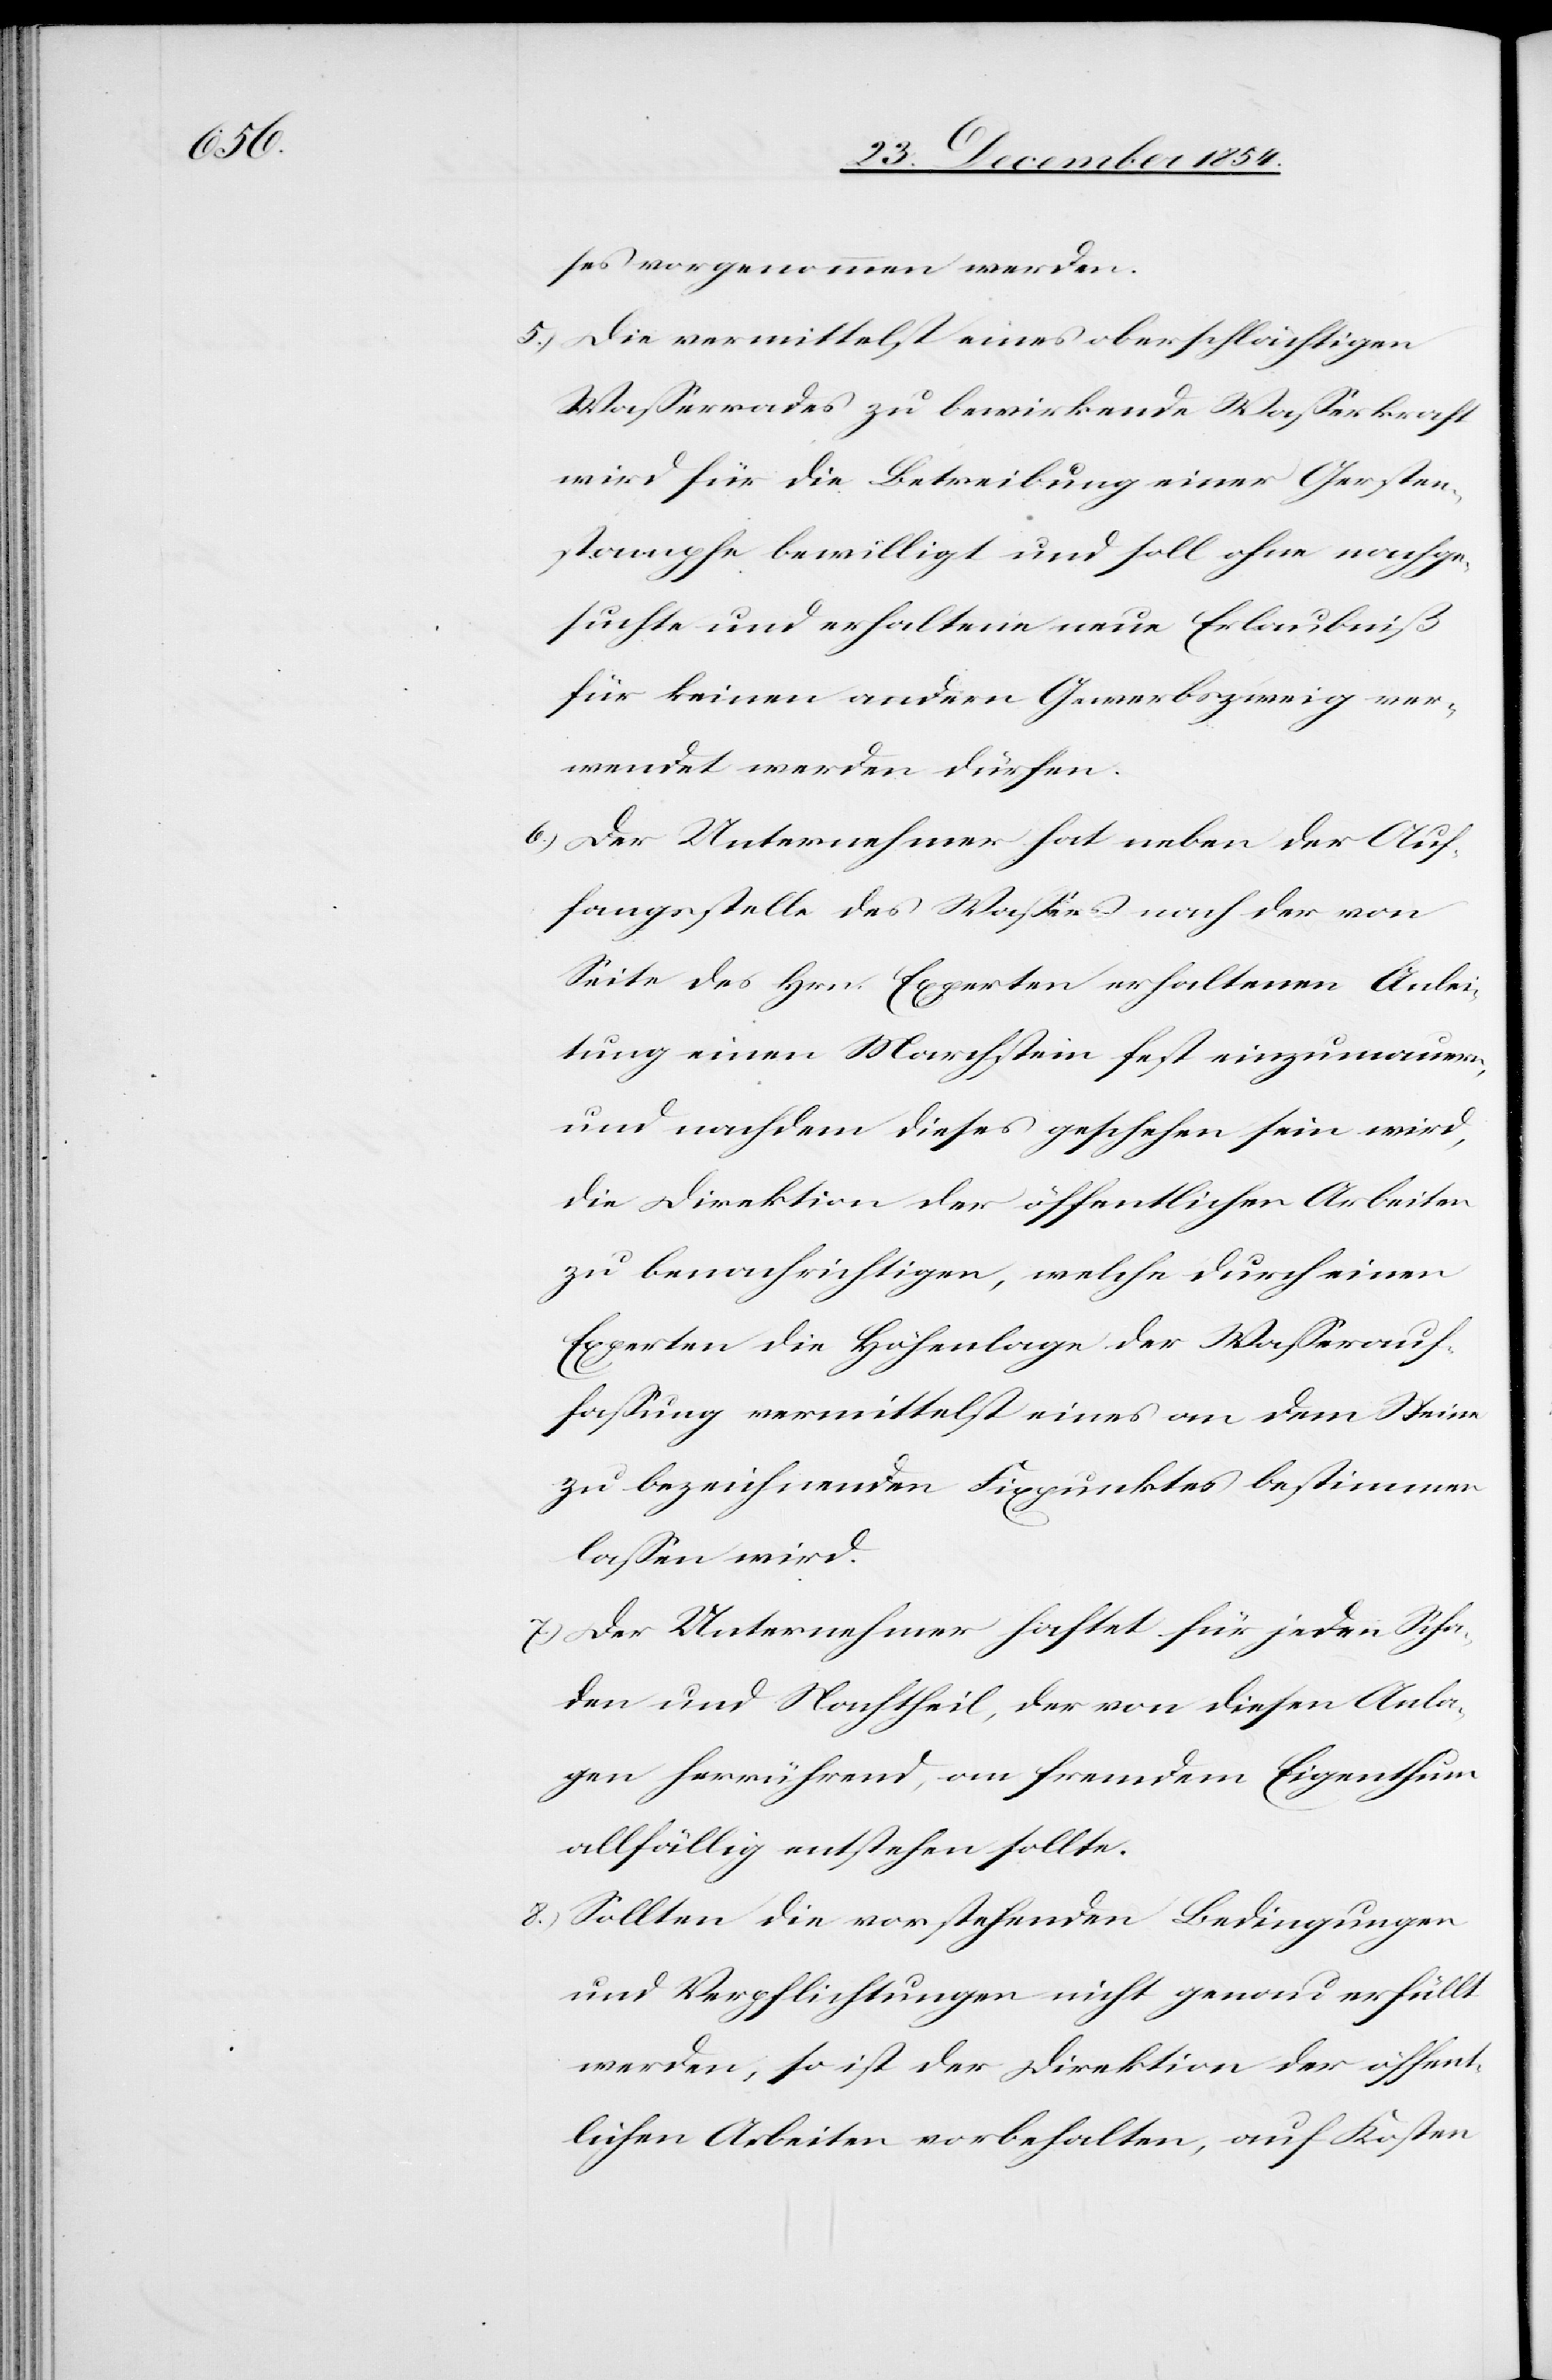
ses vorgenommen werden.
5.) Die vermittelst eines oberschlächtigen
Waßerrades zu bewirkende Waßerkraft
wird für die Betreibung einer Gersten¬
stampfe bewilligt und soll ohne nachge¬
suchte und erhaltene neue Erlaubniß
für keinen andern Gewerbszweig ver¬
wendet werden dürfen.
6.) Der Unternehmer hat neben der Auf¬
fangsstelle des Waßers nach der von
Seite des Hrn. Experten erhaltenen Anlei¬
tung einen Marchstein fest einzumauern,
und nachdem dieses geschehen sein wird,
die Direktion der öffentlichen Arbeiten
zu benachrichtigen, welche durch eine
Experten die Höhenlage der Waßerauf¬
faßung vermittelst eines an dem Steine
zu bezeichnenden Fixpunktes bestimmen
laßen wird.
7.) Der Unternehmer haftet für jeden Scha¬
den und Nachtheil, der von diesen Anla¬
gen herrührend, an fremdem Eigenthum
allfällig entstehen sollte.
8.) Sollten die vorstehenden Bedingungen
und Verpflichtungen nicht genau erfüllt
werde, so ist der Direktion der öffent¬
lichen Arbeiten vorbehalten, auf Kosten